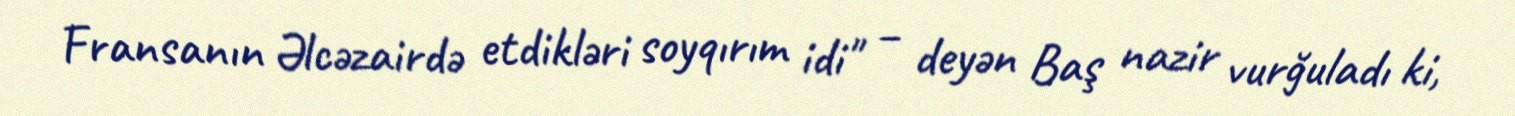
Fransanın Əlcəzairdə etdikləri soyqırım idi" – deyən Baş nazir vurğuladı ki,